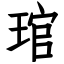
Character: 琯